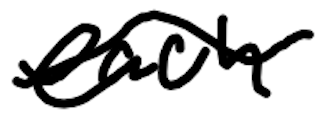
Text: each
Cross-out: wave
Writing tool: digital_black